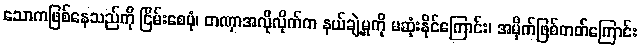
သောကဖြစ်နေသည်ကို ငြိမ်းစေပုံ၊ တဏှာအလိုလိုက်က နယ်ချဲ့မှုကို မဆုံးနိုင်ကြောင်း၊ အမိုက်ဖြစ်တတ်ကြောင်း